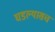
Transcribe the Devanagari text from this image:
घडल्यासच